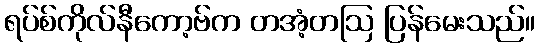
ရပ်စ်ကိုလ်နီကော့ဗ်က တအံ့တဩ ပြန်မေးသည်။